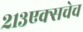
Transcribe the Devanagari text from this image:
२१३एक्सचेच